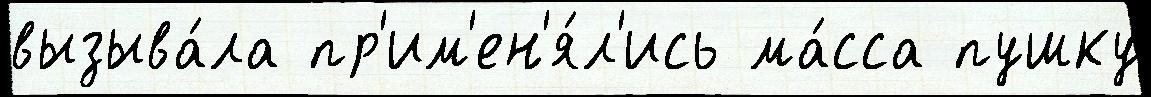
вызыва́ла пр'им'ен'я́л'ись ма́сса пушку